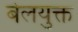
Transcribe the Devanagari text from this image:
बेलयुक्त